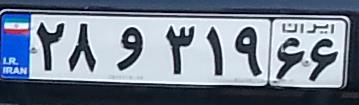
۲۸و۳۱۹۶۶